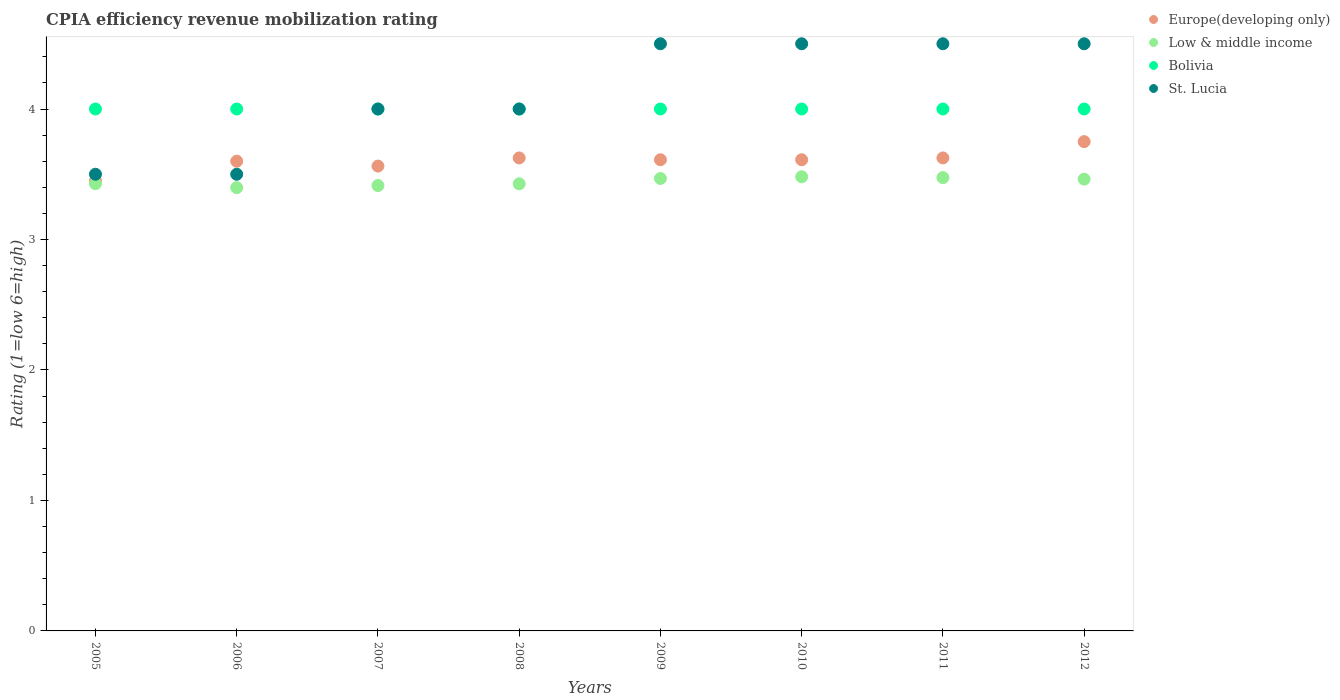
| Years | Europe(developing only) | Low & middle income | Bolivia | St. Lucia |
 | --- | --- | --- | --- | --- |
 | 2005 | 3.45 | 3.43 | 4 | 3.5 |
 | 2006 | 3.6 | 3.4 | 4 | 3.5 |
 | 2007 | 3.56 | 3.41 | 4 | 4 |
 | 2008 | 3.62 | 3.43 | 4 | 4 |
 | 2009 | 3.61 | 3.47 | 4 | 4.5 |
 | 2010 | 3.61 | 3.48 | 4 | 4.5 |
 | 2011 | 3.62 | 3.47 | 4 | 4.5 |
 | 2012 | 3.75 | 3.46 | 4 | 4.5 |